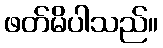
ဖတ်မိပါသည်။